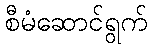
စီမံဆောင်ရွက်